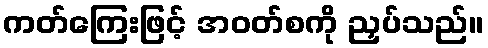
ကတ်ကြေးဖြင့် အဝတ်စကို ညှပ်သည်။